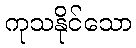
ကုသနိုင်သော